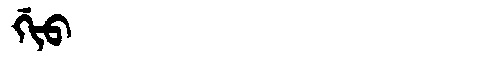
Manchu: ᡤᡳᠣ
Romanization: GIO